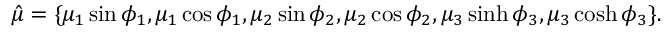
\hat { \mu } = \{ \mu _ { 1 } \sin \phi _ { 1 } , \mu _ { 1 } \cos \phi _ { 1 } , \mu _ { 2 } \sin \phi _ { 2 } , \mu _ { 2 } \cos \phi _ { 2 } , \mu _ { 3 } \sinh \phi _ { 3 } , \mu _ { 3 } \cosh \phi _ { 3 } \} .